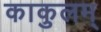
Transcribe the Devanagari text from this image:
काकुलम्